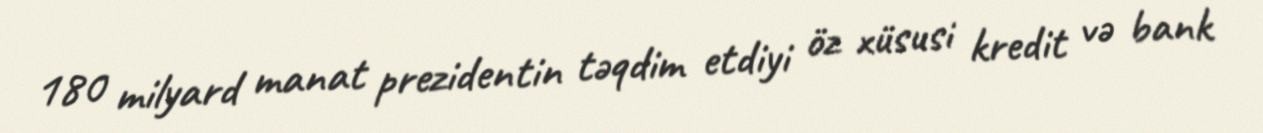
180 milyard manat prezidentin təqdim etdiyi öz xüsusi kredit və bank